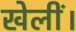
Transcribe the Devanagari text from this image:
खेलीं।